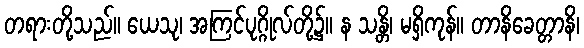
တရားတို့သည်။ ယေသု၊ အကြင်ပုဂ္ဂိုလ်တို့၌။ န သန္တိ၊ မရှိကုန်။ တာနိခေတ္တာနိ၊